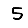
Digit: 5